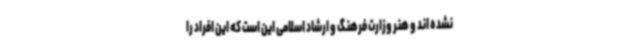
نشده اند و هنر وزارت فرهنگ و ارشاد اسلامی این است که این افراد را